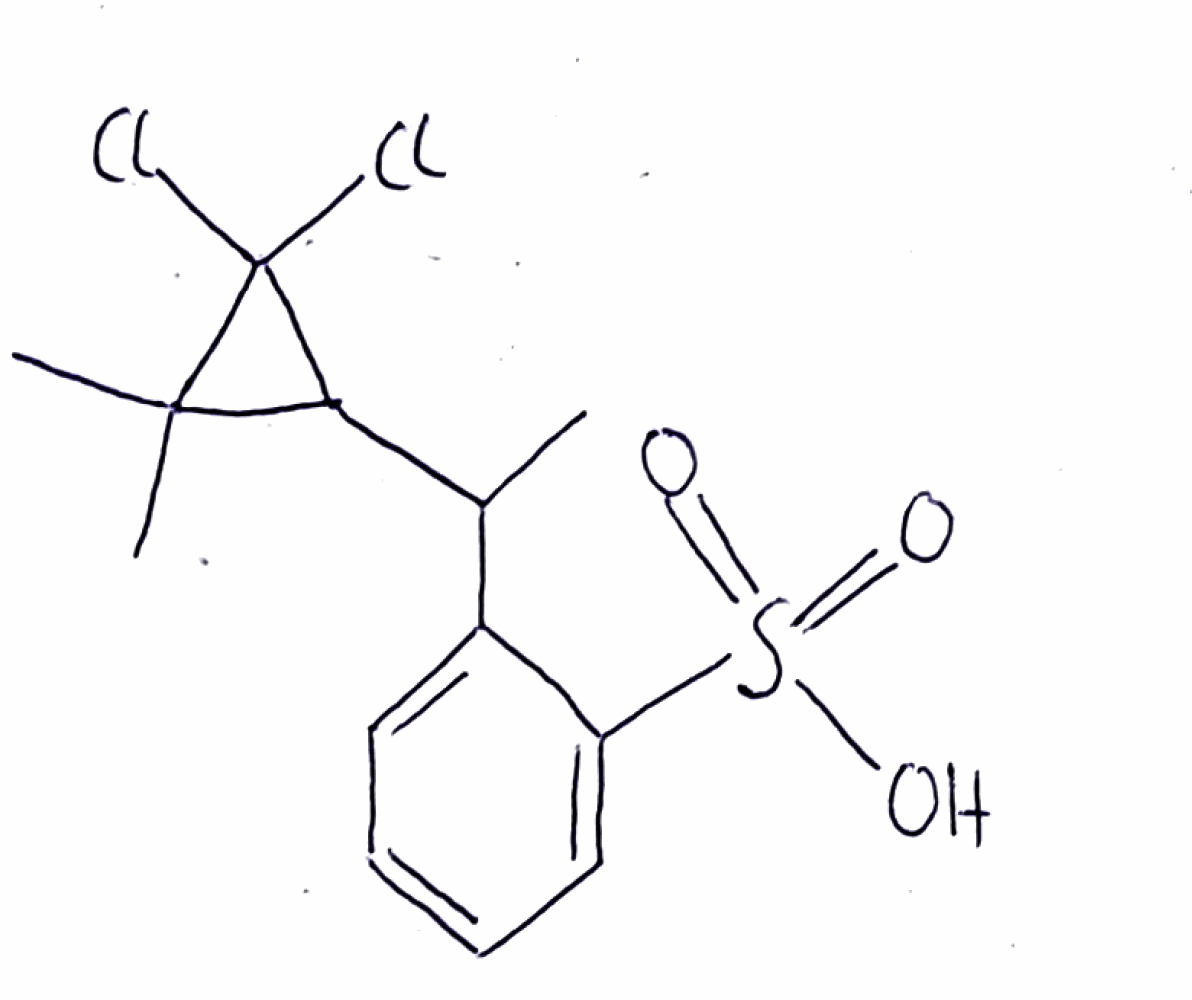
Simplified molecular-input line-entry system (SMILES) notation of the given molecule:
CC(C1C(C1(Cl)Cl)(C)C)C2=CC=CC=C2S(=O)(=O)O